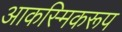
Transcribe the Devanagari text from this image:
आकस्मिकरूप